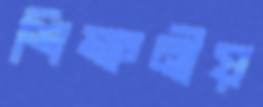
শিক্ষনীয়